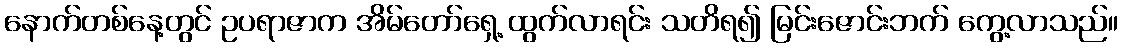
နောက်တစ်နေ့တွင် ဥပရာဇာက အိမ်တော်ရှေ့ ထွက်လာရင်း သတိရ၍ မြင်းဇောင်းဘက် ကွေ့လာသည်။